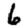
Digit: 6